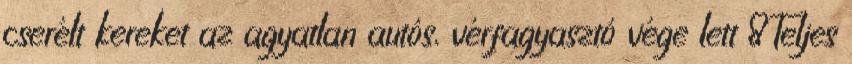
cserélt kereket az agyatlan autós, vérfagyasztó vége lett 8Teljes